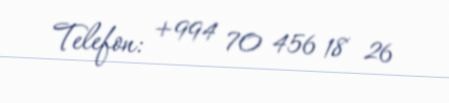
Telefon: +994 70 456 18 26